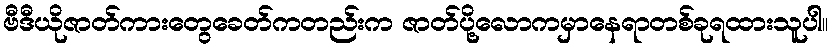
ဗီဒီယိုဇာတ်ကားတွေခေတ်ကတည်းက ဇာတ်ပို့လောကမှာနေရာတစ်ခုရထားသူပါ။